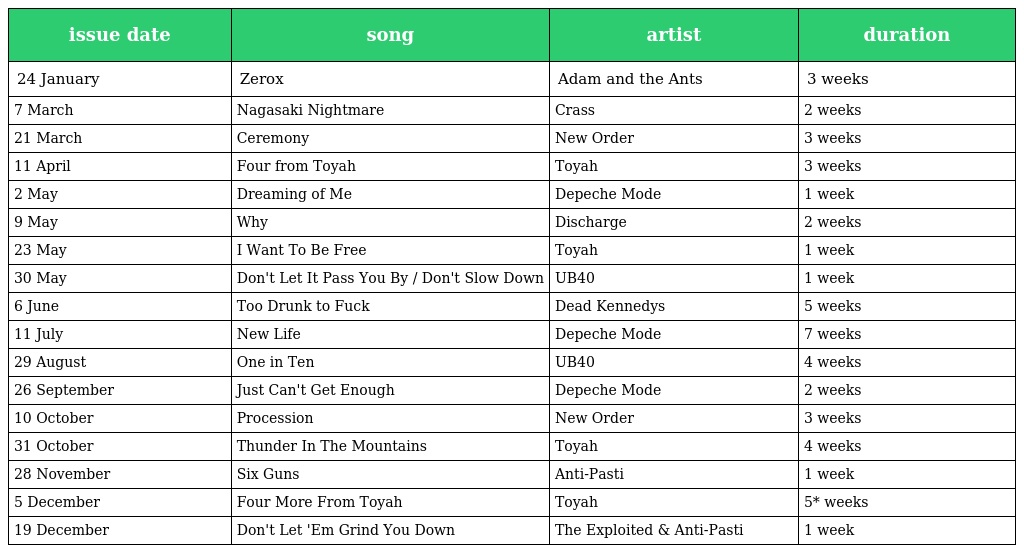
| issue date | song | artist | duration |
 | --- | --- | --- | --- |
 | 24 January | Zerox | Adam and the Ants | 3 weeks |
 | 7 March | Nagasaki Nightmare | Crass | 2 weeks |
 | 21 March | Ceremony | New Order | 3 weeks |
 | 11 April | Four from Toyah | Toyah | 3 weeks |
 | 2 May | Dreaming of Me | Depeche Mode | 1 week |
 | 9 May | Why | Discharge | 2 weeks |
 | 23 May | I Want To Be Free | Toyah | 1 week |
 | 30 May | Don't Let It Pass You By / Don't Slow Down | UB40 | 1 week |
 | 6 June | Too Drunk to Fuck | Dead Kennedys | 5 weeks |
 | 11 July | New Life | Depeche Mode | 7 weeks |
 | 29 August | One in Ten | UB40 | 4 weeks |
 | 26 September | Just Can't Get Enough | Depeche Mode | 2 weeks |
 | 10 October | Procession | New Order | 3 weeks |
 | 31 October | Thunder In The Mountains | Toyah | 4 weeks |
 | 28 November | Six Guns | Anti-Pasti | 1 week |
 | 5 December | Four More From Toyah | Toyah | 5* weeks |
 | 19 December | Don't Let 'Em Grind You Down | The Exploited & Anti-Pasti | 1 week |